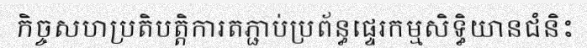
កិច្ចសហប្រតិបត្តិការតភ្ជាប់ប្រព័ន្ធផ្ទេរកម្មសិទ្ធិយានជំនិះ